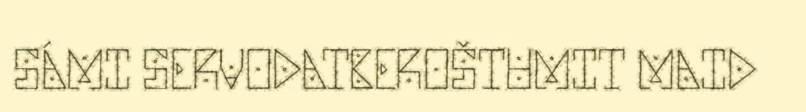
SÁMI SERVODATBEROŠTUMIT MAID